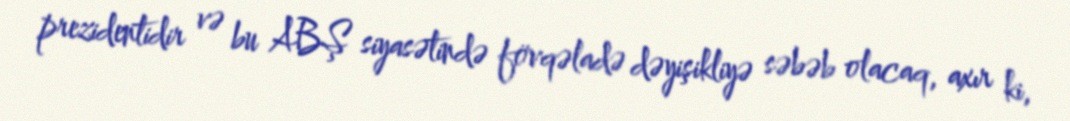
prezidentidir və bu ABŞ siyasətində fövqəladə dəyişikliyə səbəb olacaq, axır ki,